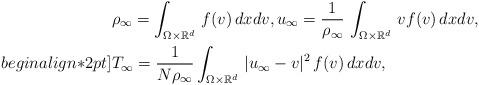
LaTeX: \begin{align*}&\displaystyle \rho_{\infty} = \int_{\Omega\times{\mathbb R^d}}\, f(v)\, dxdv, u_{\infty} = \frac{1}{\rho_{\infty}}\, \int_{\Omega\times{\mathbb R^d}}\, vf(v)\, dxdv, \\begin{align*}2pt]&\displaystyle T_{\infty} = \frac{1}{N\rho_{\infty}}\int_{\Omega\times{\mathbb R^d}}\, |u_{\infty}-v|^2\, f(v)\, dxdv,\end{align*}